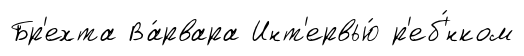
Бр'ехта Ва́рвара Инт'ервью́ р'еб'́нком